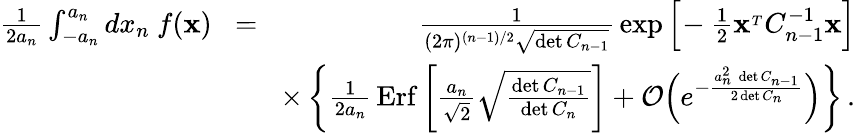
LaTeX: \begin{array}{rlr}{{\frac{1}{2a_{n}}}\int_{-a_{n}}^{a_{n}}dx_{n}\ f({\mathbf x})}&{\! =\! }&{{\frac{1}{(2\pi)^{(n-1)/2}\sqrt{\operatorname*{det}C_{n-1}}}}\exp\Big[\! -{\frac{1}{2}}{\mathbf x}^{_T}C_{n-1}^{-1}{\mathbf x}\Big]}\\ &{}&{\times\left\{ {\frac{1}{2a_{n}}}\, \mathrm{Erf}\left[{\frac{a_{n}}{\sqrt 2}}\sqrt{\frac{\operatorname*{det}C_{n-1}}{\operatorname*{det}C_{n}}}\right]+{\cal O}\Big(e^{-{\frac{a_{n}^{2}\, \operatorname*{det}C_{n-1}}{2\operatorname*{det}C_{n}}}}\Big)\right\} \, .}\end{array}